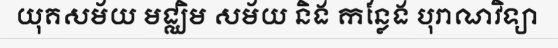
យុគសម័យ មជ្ឈិម សម័យ និង កន្លែង បុរាណវិទ្យា